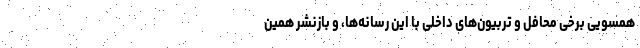
همسوییِ برخی محافل و تربیون‌های داخلی با این رسانه‌ها، و بازنشر همین